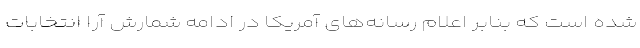
شده است که بنابر اعلام رسانه‌های آمریکا در ادامه شمارش آرا انتخابات